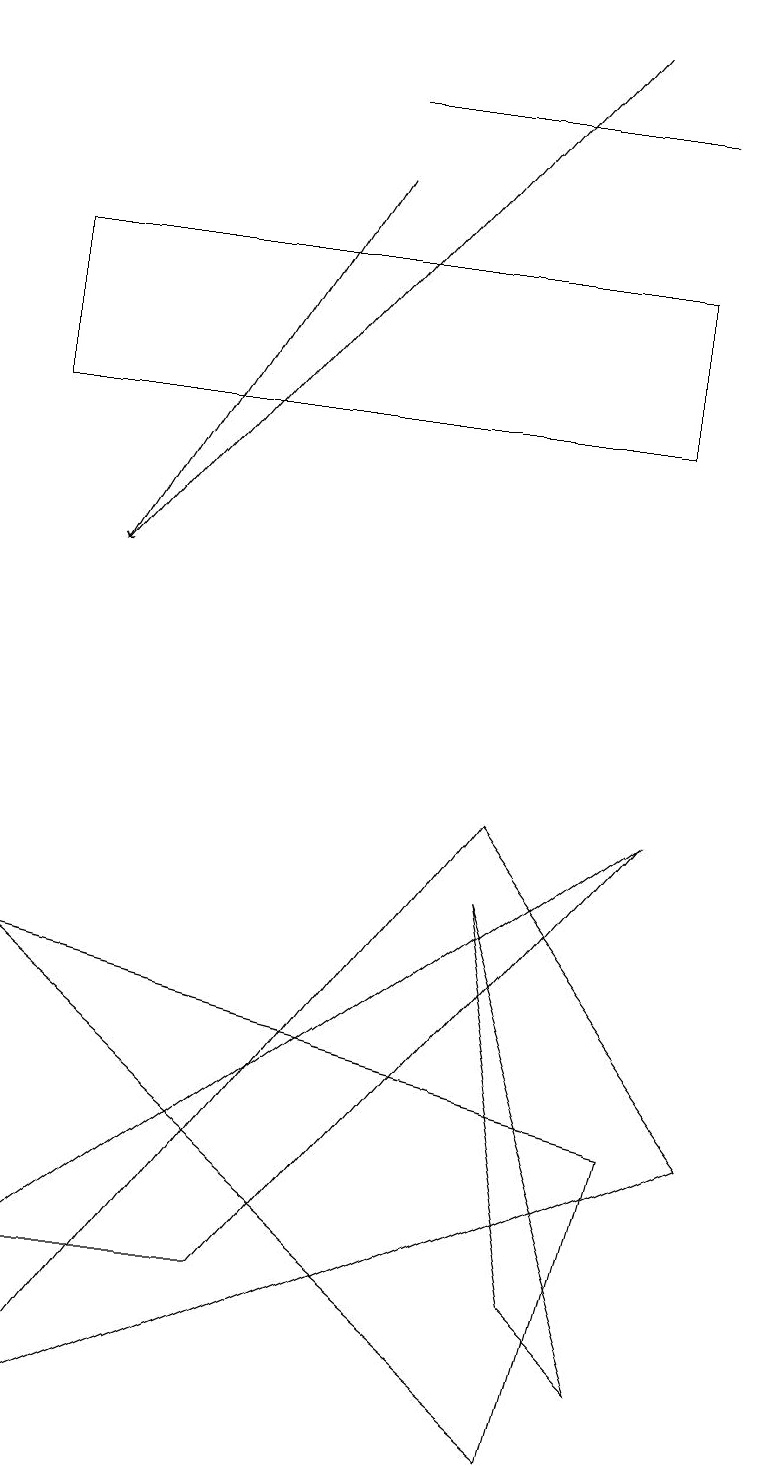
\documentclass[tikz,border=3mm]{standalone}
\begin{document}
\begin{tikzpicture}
\draw (8,5) -- (7,1) -- (0,7) -- cycle;
\draw (7,3) -- (8,2) -- (6,8) -- cycle;
\draw (3,3) -- (0,3) -- (8,9) -- cycle;
\draw (0,1) -- (6,9) -- (9,5) -- cycle;
\draw (0,14) rectangle (8,16);
\draw (8,18) rectangle (4,18);
\draw[->] (4,17) -- (1,12);
\draw[->] (7,19) -- (1,12);
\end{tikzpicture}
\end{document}